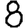
Digit: 8